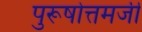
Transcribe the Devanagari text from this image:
पुरूषोत्तमजी